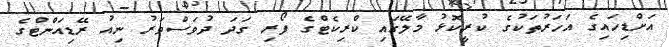
އަށްޑިހައިގެ އަހަރުތަކުގެ ކުރީކޮޅު މާލޭގައި ކްރިކެޓްގެ ފޯރި ގަދަ ދުވަސްވަރު ނިއު ރޭޑިއަންޓްގެ